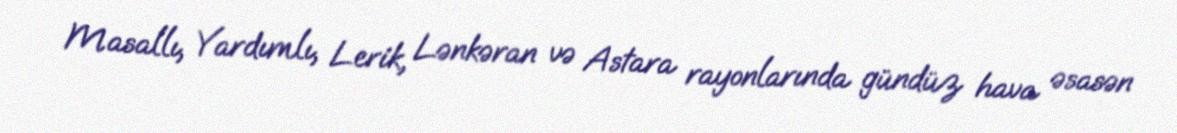
Masallı, Yardımlı, Lerik, Lənkəran və Astara rayonlarında gündüz hava əsasən